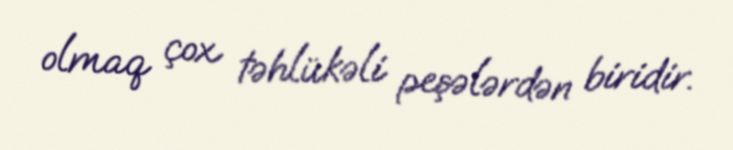
olmaq çox təhlükəli peşələrdən biridir.